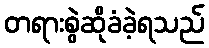
တရားစွဲဆိုခံခဲ့ရသည်